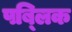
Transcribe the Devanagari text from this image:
पब्‍लिक